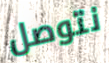
نتوصل